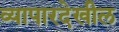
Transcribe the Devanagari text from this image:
व्यापारदेखील